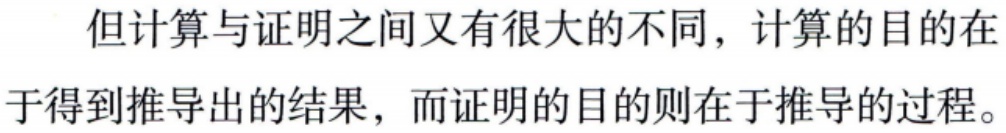
但计算与证明之间又有很大的不同，计算的目的在于得到推导出的结果，而证明的目的则在于推导的过程。